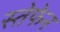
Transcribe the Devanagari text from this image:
स्तेफेन